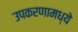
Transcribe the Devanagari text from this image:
उपकरणामध्ये